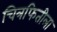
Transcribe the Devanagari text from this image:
चित्रफितीला